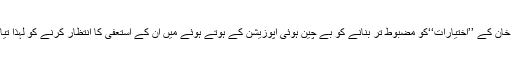
عمران خان کے ’’اختیارات‘‘کو مضبوط تر بنانے کو بے چین ہوئی اپوزیشن کے ہوتے ہوئے میں ان کے استعفیٰ کا انتظار کرنے کو لہذا تیار نہیں۔